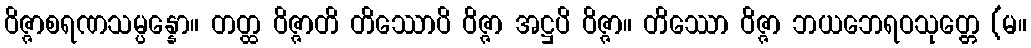
ဝိဇ္ဇာစရဏသမ္ပန္နော။ တတ္ထ ဝိဇ္ဇာတိ တိဿောပိ ဝိဇ္ဇာ အဋ္ဌပိ ဝိဇ္ဇာ။ တိဿော ဝိဇ္ဇာ ဘယဘေရဝသုတ္တေ (မ။